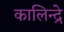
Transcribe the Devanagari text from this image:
कालिन्द्रे